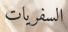
السفريات